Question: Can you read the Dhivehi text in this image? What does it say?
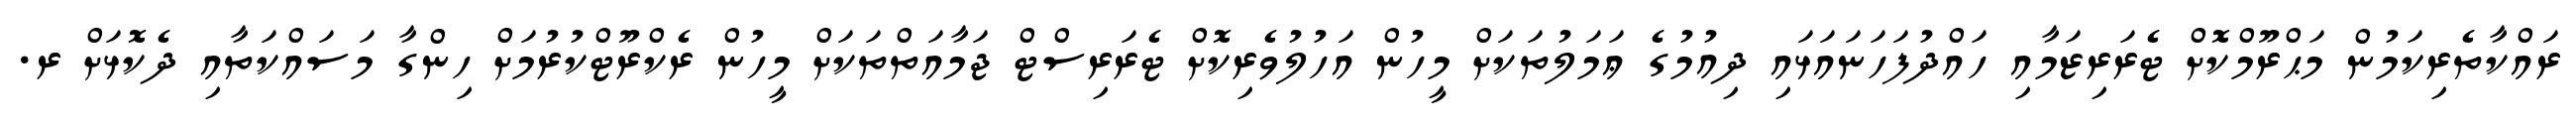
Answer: ރައްކާތެރިކަމުން މަޙްރޫމްކޮށް ޓެރަރިޒަމާއި ހައްދުފަހަނައަޅައި ދިއުމުގެ ޢަމަލުތަކަށް މީހުން އަހުލުވެރިކޮށް ޓެރަރިސްޓް ޖަމާއަތްތަކަށް މީހުން ރެކްރޫޓްކުރުމަށް ހިންގާ މަސައްކަތާއި ދެކޮޅަށް ރ.